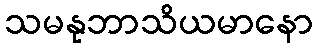
သမနုဘာသိယမာနော